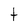
Character: t